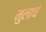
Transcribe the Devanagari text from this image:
मुलांचं